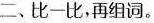
二、比-比，再组词。